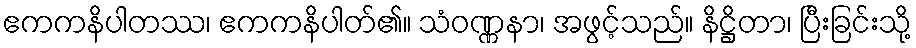
ဧကကနိပါတဿ၊ ဧကကနိပါတ်၏။ သံဝဏ္ဏနာ၊ အဖွင့်သည်။ နိဋ္ဌိတာ၊ ပြီးခြင်းသို့